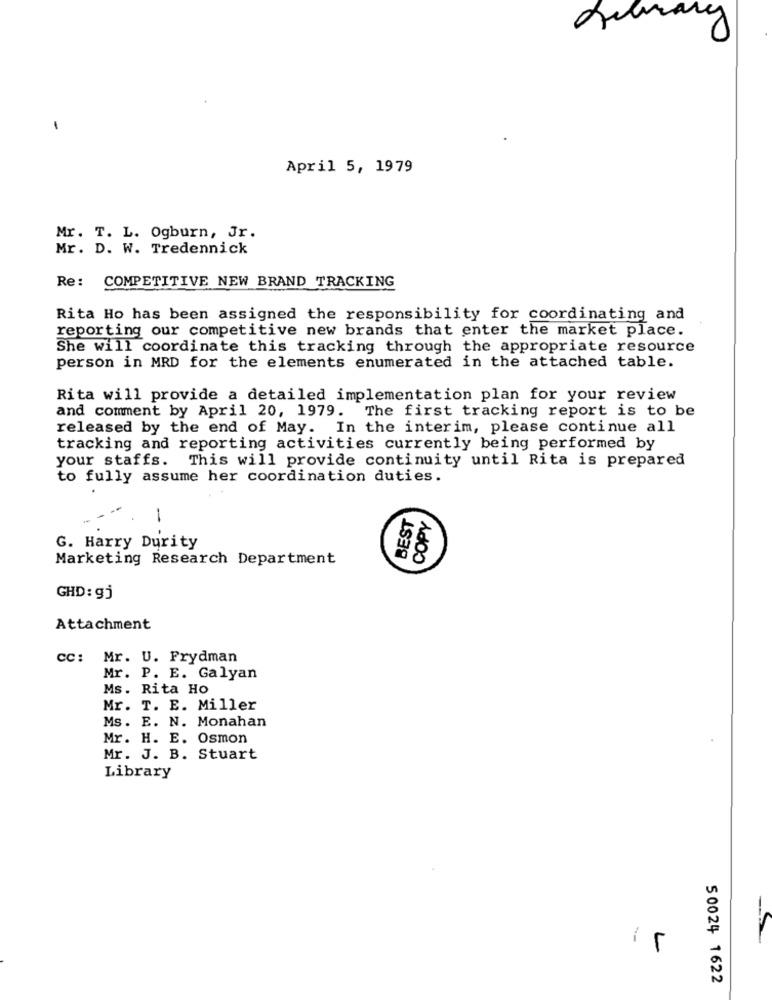
April 5, 1979
Mr. T. L. Ogburn, Jr.
Mr. D. W. Tredennick
Re: COMPETITIVE NEW BRAND TRACKING
Rita Ho has been assigned the responsibility for coordinating and
reporting our competitive new brands that enter the market place.
She will coordinate this tracking through the appropriate resource
person in MRD for the elements enumerated in the attached table.
Rita will provide a detailed implementation plan for your review
and comment by April 20, 1979. The first tracking report is to be
released by the end of May. In the interim, please continue all
tracking and reporting activities currently being performed by
your staffs.
This will provide continuity until Rita is prepared
to fully assume her coordination duties.
BEST
COPY
-
G. Harry Durity
Marketing Research Department
GHD: gj
Attachment
CC: Mr. U. Frydman
Mr. P. E. Galyan
Ms. Rita HO
Mr. T. E. Miller
Ms. E. N. Monahan
Mr. H. E. Osmon
Mr. J. B. Stuart
Library
L
5 0024 1622